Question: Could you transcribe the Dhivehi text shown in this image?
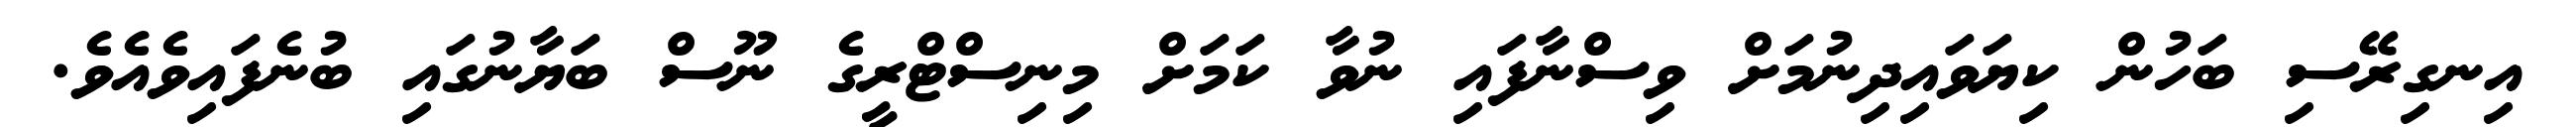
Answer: އިނގިރޭސި ބަހުން ކިޔަވައިދިނުމަށް ވިސްނާފައި ނުވާ ކަމަށް މިނިސްޓްރީގެ ނޫސް ބަޔާނުގައި ބުނެފައިވެއެވެ.